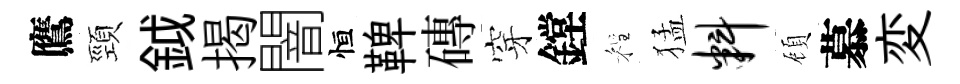
鷹頸鉞揭闇恒鞞磚穿鏜程猛料頋慕変